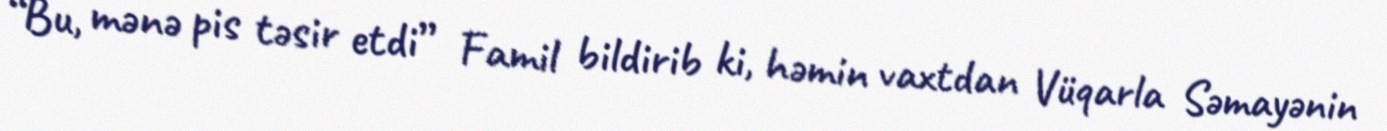
“Bu, mənə pis təsir etdi” Famil bildirib ki, həmin vaxtdan Vüqarla Səmayənin